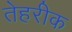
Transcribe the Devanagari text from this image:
तेहरीक